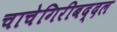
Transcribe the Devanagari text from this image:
चाचेगिरीबद्दल